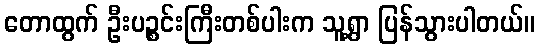
တောထွက် ဦးပဉ္စင်းကြီးတစ်ပါးက သူ့ရွာ ပြန်သွားပါတယ်။